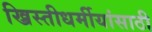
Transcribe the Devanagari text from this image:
ख्रिस्तीधर्मीयांसाठी